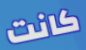
كانت